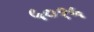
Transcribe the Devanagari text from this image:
५०१५